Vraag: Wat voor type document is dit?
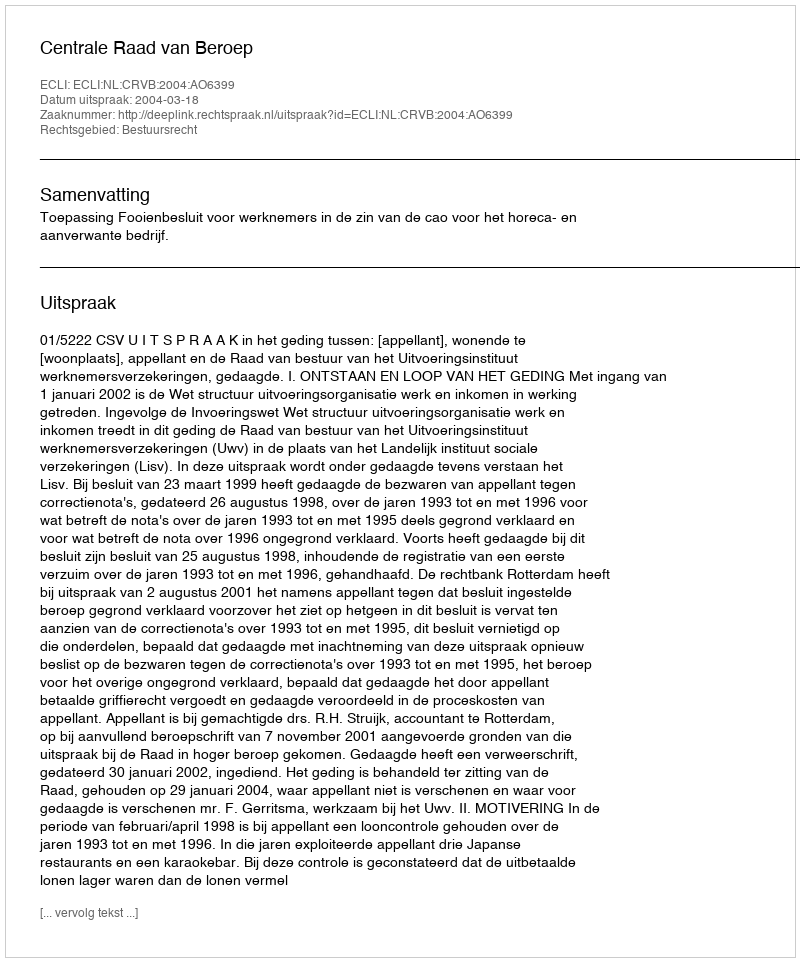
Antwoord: Uitspraak